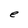
Character: e